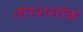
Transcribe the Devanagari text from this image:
तारशशांक